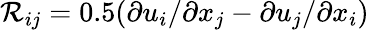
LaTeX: \mathcal{R}_{ij}=0.5(\partial u_{i}/\partial x_{j}-\partial u_{j}/\partial x_{i})